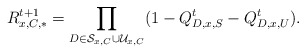
\begin{align*}R_{x,C,*}^{t+1}=\prod_{D\in\mathcal{S}_{x,C}\cup \mathcal{U}_{x,C}}(1- Q_{D,x,S}^t- Q_{D,x,U}^t).\end{align*}